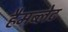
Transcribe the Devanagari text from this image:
हैमब्लेट